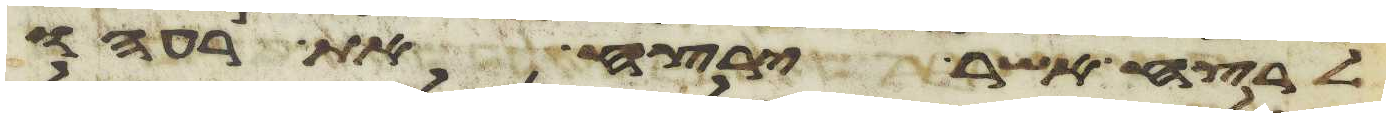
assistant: הרצח אשר ירצח את רעהו